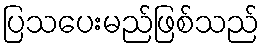
ပြသပေးမည်ဖြစ်သည်